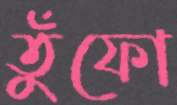
তুঁফো